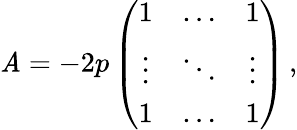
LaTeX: \mathit{A}=-2p\left(\begin{array}{ccc}{{1}}&{{\ldots}}&{{1}}\\ {{\vdots}}&{{\ddots}}&{{\vdots}}\\ {{1}}&{{\ldots}}&{{1}}\end{array}\right)\, ,